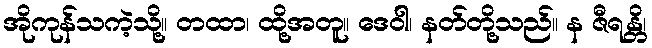
အိုကုန်သကဲ့သို့။ တထာ၊ ထို့အတူ။ ဒေဝါ၊ နတ်တို့သည်။ န ဇီရန္တိ၊